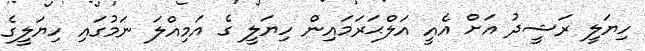
ހިޔަލީ ރަޝީދު އަށް އެއީ އަލްޙަރަމައިން ހިޔަލީ ގެ އަމިއްލަ ނަމުގައި ހިޔަލީގެ